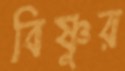
বিষ্ণুর